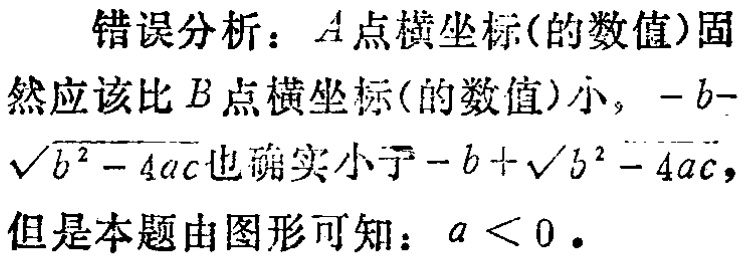
错误分析：\(A\)点横坐标(的数值)固然应该比\(B\)点横坐标(的数值)小，\(-b - \sqrt{b^{2}-4ac}\)也确实小于\(-b + \sqrt{b^{2}-4ac}\)，但是本题由图形可知：\(a < 0\)。